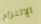
الإلتزام